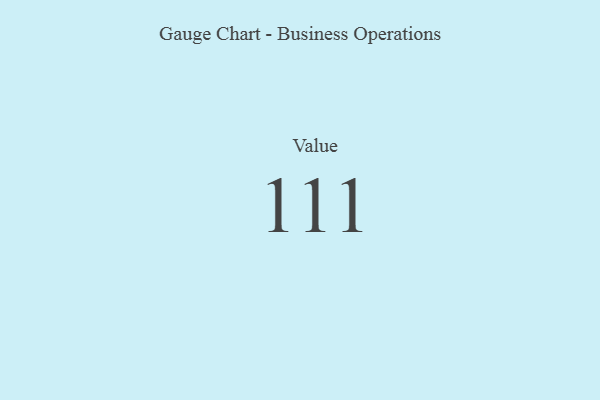
{"axis": {"x": "Metric", "y": "Value"}, "legend": [""], "data": [{"x": "Value", "y": 111, "type": ""}]}